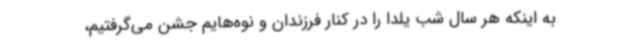
به اینکه هر سال شب یلدا را در کنار فرزندان و نوه‌هایم جشن می‌گرفتیم،